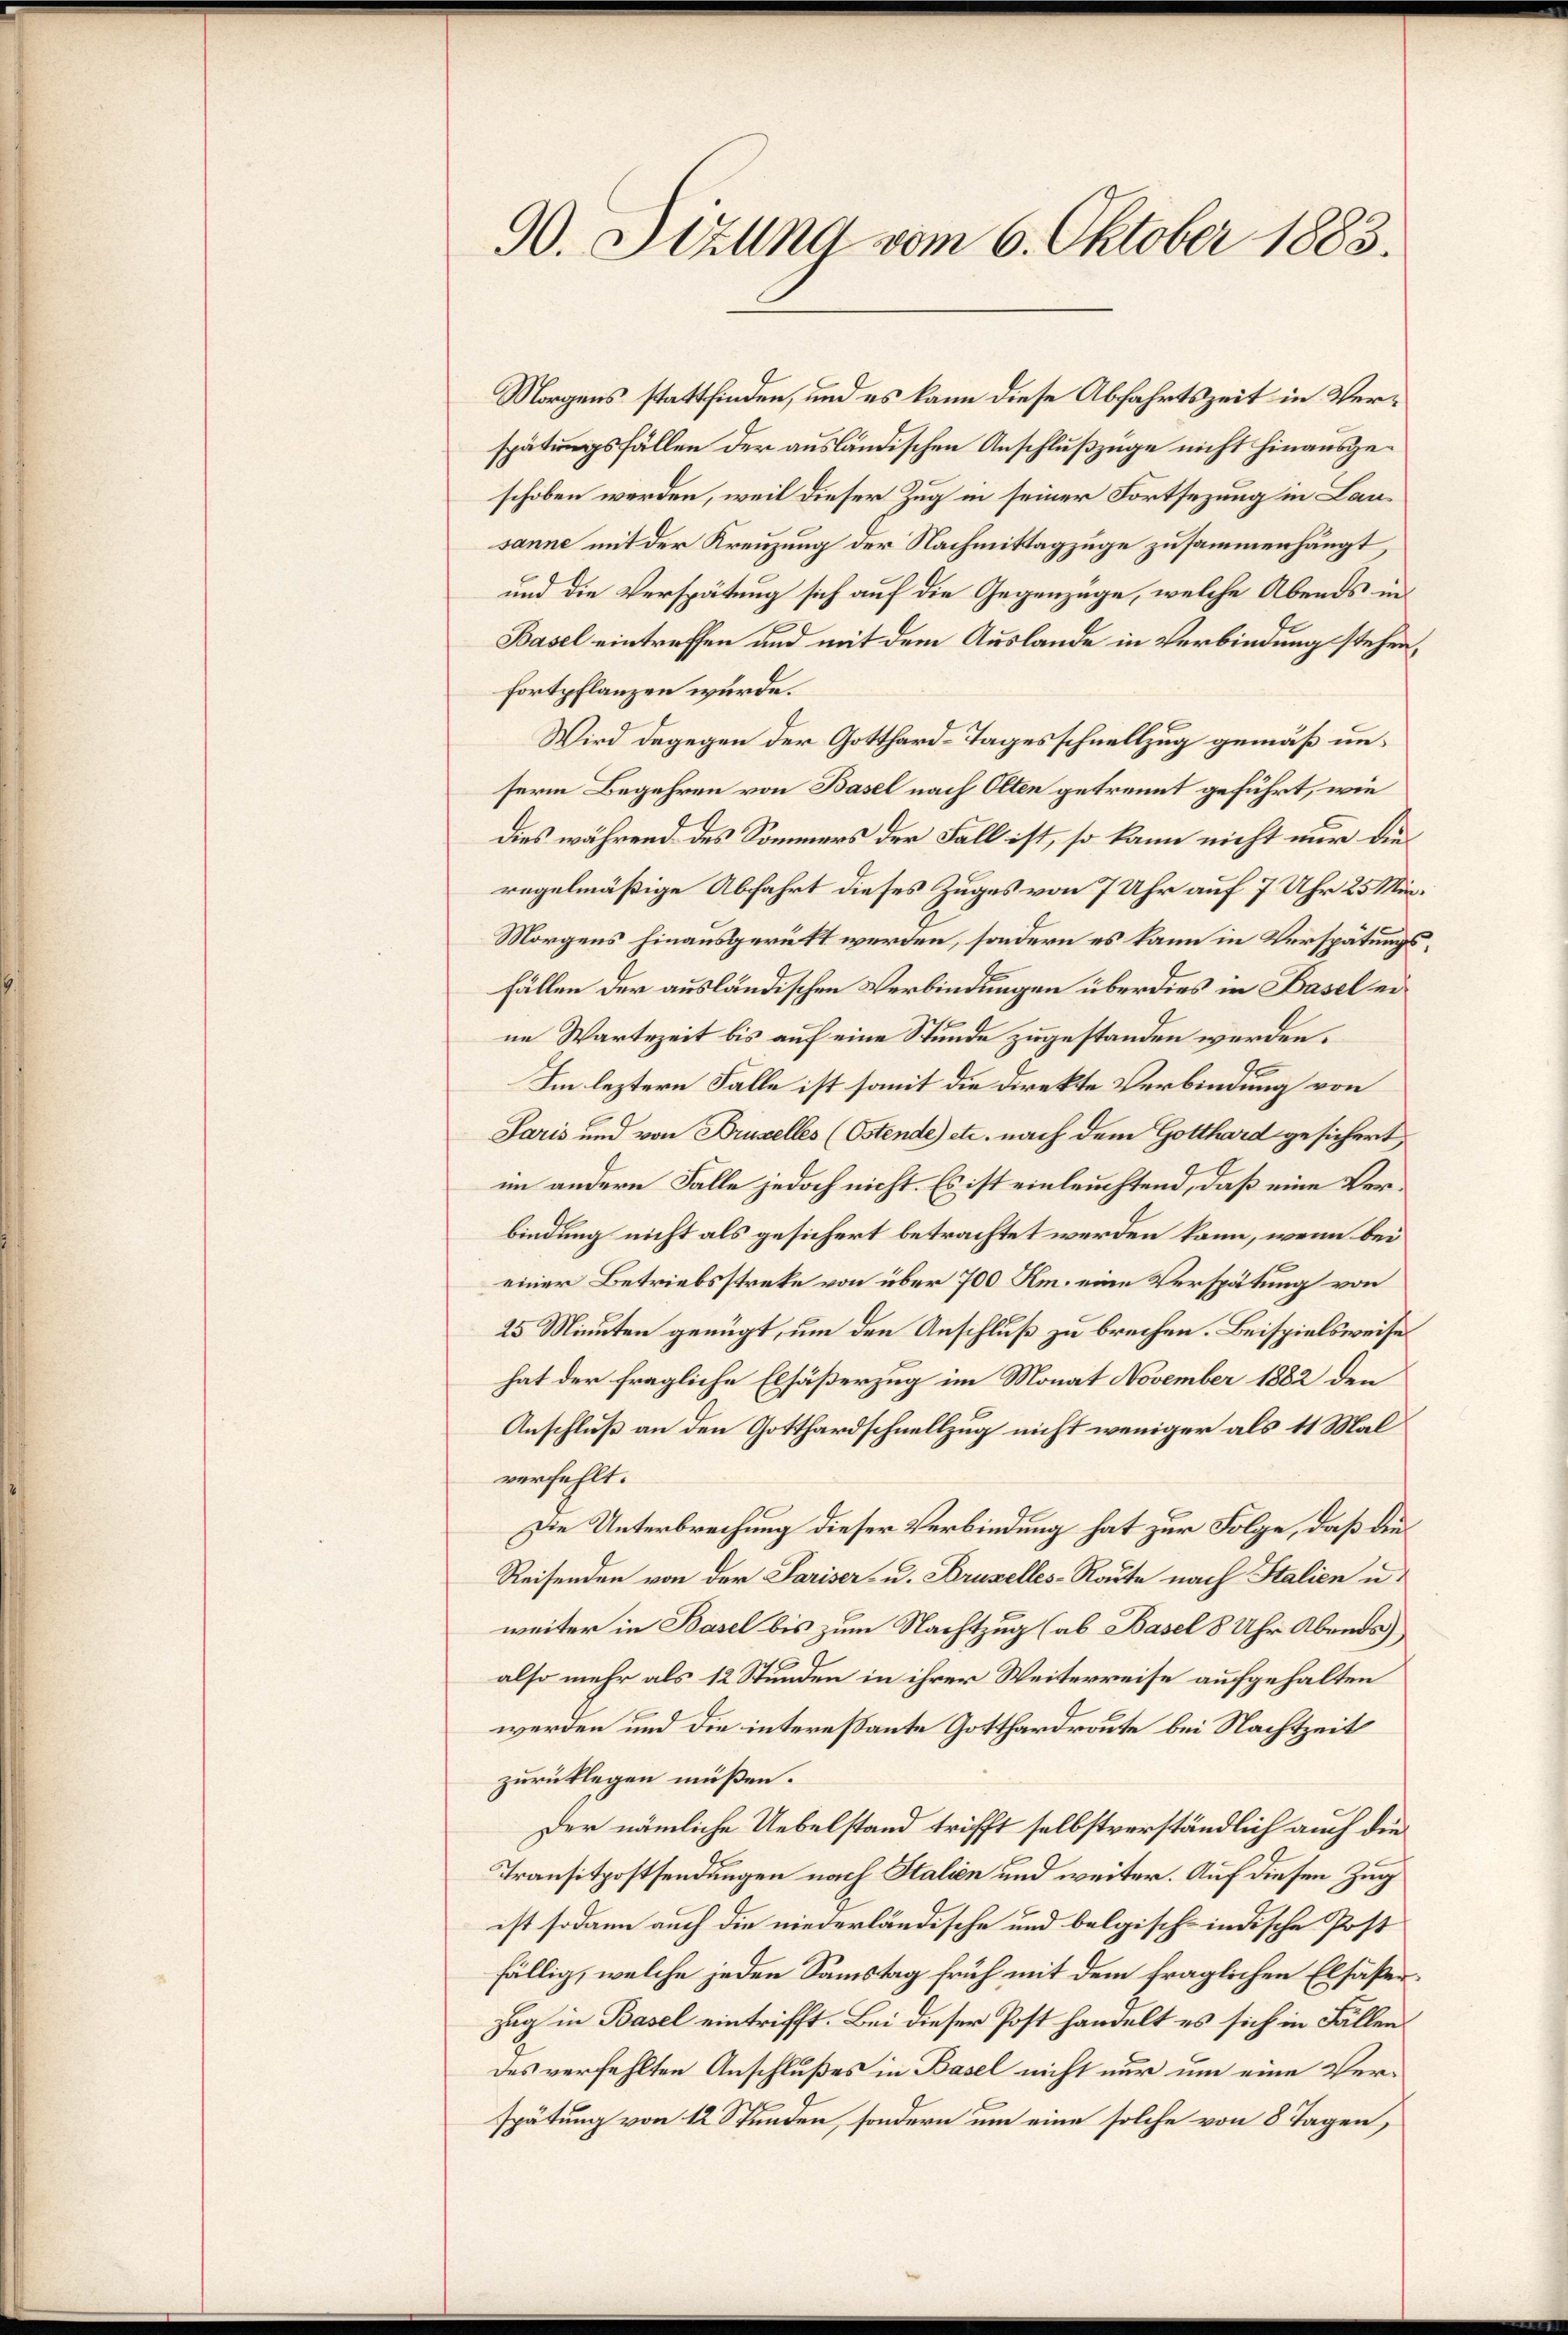
90. Stund vom 6. Oktober 1883.

Morgens stattfinden, und es kann diese Abfahrtszeit in Verspätungsfällen der ausländischen Anschlußzüge nicht hinausgeschoben werden, weil dieser Zug in seiner Fortsezung in Lansanne mit der Kreuzung der Nachmittagzuge zusammenhängt,
und die Verspätung sich auf die Gegenzüge, welche Abends in
Basel eintreffen und mit dem Auslande in Verbindung stehenfortpflanzen wurde.
Wird dagegen der Gotthard-Tagesschnellzug gemäß unserm Begehren von Basel nach Olten getrennt geführt, wie
dies während des Sommers der Fall ist, so kann nicht nur die
regelmäßige Abfahrt dieses Zuges von 7 Uhr auf 7 Uhr 25 Män¬
Morgens hinausgerükt werden, sondern es kann in Verspätungsfällen der ausländischen Verbindungen überdies in Basel eine Wartezeit bis auf eine Stunde zugestanden werden.
Im leztern Falle ist somit die Direkte Verbindung von
Paris und von Bruselles (Ostende) etc. nach dem Gotthard gesichert
im andern Falle jedoch nicht. Es ist einleuchtend, daß eine Verbindung nicht als gesichert betrachtet werden kann, wenn bei
einer Betriebsstreke von über 700 Hm. eine Verspätung von
25 Minuten genügt, um den Anschluß zu brechen. Beispielsweise
hat der fragliche Elsäßerzug im Monat November 1882 den
Anschluß an den Gotthardschnellzug nicht weniger als 11 Mal
verfehlt.
Die Unterbrechung dieser Verbindung hat zur Folge, daß dies
Reisenden von der Pariser- u. Bruselles-Raute nach Italien u.
weiter in Basel bis zum Nachtzug (ab Basel 8 Uhr Abends
also mehr als 12 Stunden in ihrer Weiterreise aufgehalten
werden und die interessante Gotthardroute bei Nachtzeit
zurücklegen müßen.
Der nämliche Uebelstand trifft selbstverständlich auch den
Transitpostsendungen nach Italien und weiter. Auf diesen Zug
ist sodann auch die niederländische und belgisch-indische Post
fällig, welche jeden Samstag früh mit dem fraglichen Elsaßerzug in Basel eintrifft. Bei dieser Post handelt es sich in Fällen
des verfehlten Anschlußes in Basel nicht nur um eine Verspätung von 12 Stunden, sondern um eine solche von 8 Tagen,